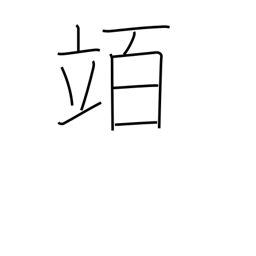
Meaning: hectolitre